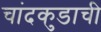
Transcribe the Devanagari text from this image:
चांदकुडाची